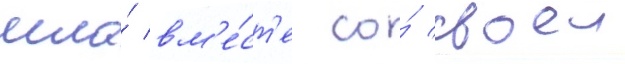
шла́ вм'е́ст'е со́ своеи